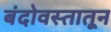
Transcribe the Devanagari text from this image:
बंदोवस्तातून